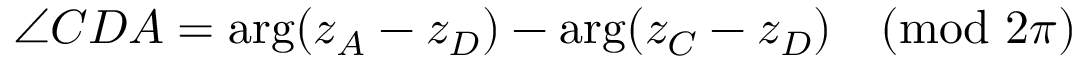
\angle C D A = \arg ( z _ { A } - z _ { D } ) - \arg ( z _ { C } - z _ { D } ) { \pmod { 2 \pi } }